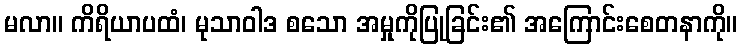
မလာ။ ကိရိယာပထံ၊ မုသာဝါဒ စသော အမှုကိုပြုခြင်း၏ အကြောင်းစေတနာကို။